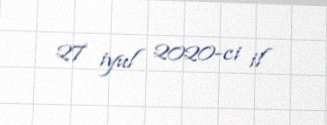
27 iyul 2020-ci il